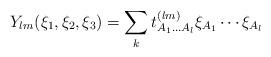
LaTeX: \begin{align*}Y_{lm} (\xi_1, \xi_2, \xi_3)= \sum_k t^{(lm)}_{A_1 \ldots A_l} \xi_{A_1} \cdots \xi_{A_l}\,\end{align*}